Medical and sanitary report of the native army of Madras for the year
Year: 1877
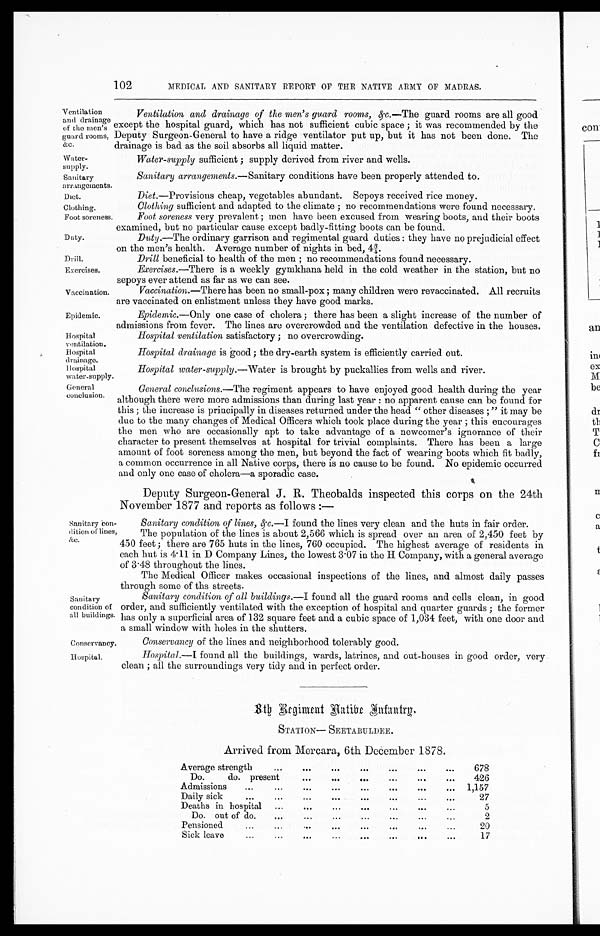
Ventilation
and drainage
of the men's
guard rooms,
&c.
Water-
supply.
Sanitary
arrangements
Clothing,
Foot soreness.
Duty.
Drill.
Exercises.
Vaccination.
Epidemic.
Hospital Ventilation.
wat er-suppl y. Hospi t al drai nage
Sanitary
condition of
all buildings.
Conservancy.
Hospital.
102
MEDICAL AND SANITARY REPORT OF THE NATIVE ARMY OF MADRAS.
Ventilation and drainage of the men's guard rooms, amp;c.—T h e
g u a r d r o o m s a r e a l l g o o d
except the hospital guard, which has not sufficient cubic space; it was recommended by the
Deputy Surgeon-General to have a ridge ventilator put up, but it has not been done. The
drainage is bad as the soil absorbs all liquid matter.
Water-supply sufficient: supply derived from river and wells.
Sanitary arrangements.— Sanitary conditions have been properly attended to.
Diet.—Provisions cheap. vegetables abundant. Sepoys received rice money.
Clothing sufficent and adapated to the climate; no recommendations were found necessary.
Foot soreness very prevalent; men have been excused from wearing boots, and their boots
examined. but no particular cause except badly-fitting boots can be found.
Duty .—The ordinary garrison and regimental guard duties: they have no prejudicial effect
on the men's health. Average number of nights in bed. 4¾.
Drill beneficial to health of the men; no recommendations found necessary.
Exercises.—There is a weekly gymkhana held in the cold weather in the station, but no
sepoys ever attend as far as we can see.
Vaccination .—There has been no small-pox; many children were revaccinated.All recruits
are vaccinated on enlistment unless they have good marks.
Epidemic.— Only one case of cholera; there has been a slight increase of the number of
admissions from fever. The lines are overcrowded and the ventilation defective in the houses.
Hospital ventilation satisfactory ; no overcrowding.
Hospital drainage is good; the dry-earth system is efficiently carried out.
Hospital water-supply.—Water is brought by puck-allies from wells and river.
General
conclusion.
General conclusions.— The regiment appears to have enjoyed good health during the year
although there were more admissions than during last year: no apparent cause can be found for
this; the increase is principally in diseases returned under the head "other diseases; " it may be
due to the many changes of Medical Officers which took place during the year; this encourages
the men who are occasionally apt to take advantage of a newcomer's ignorance of their
character to present themselves at hospital for trivial complaints. There has been a large
amount of foot soreness among the men, but beyond the fact of wearing boots which fit badly,
a common occurrence in all Native corps, there is no cause to be found. No epidemic occurred
and only one case of cholera—a sporadic case.
Sanitary con
-dition of lines
a m p ; c .
Deputy Surgeon-General J. R. Theobalds inspected this corps on the 24th
November 1877 and reports as follows :—
Sanitary condition of lines,&c.— I
found the lines very clean and the huts in fair order.
The population of the lines is about 2,566 which is spread over an area of 2,450 feet by
450 feet; there are 765 huts in the lines, 760 occupied. The highest average of residents in
each hut is 4 . 11 in D Company Lines, the lowest 3 . 07 in the H Company, with a general average
of 3.48 throughout the lines.
The Medical Officer makes occasional inspections of the lines, and almost daily passes
Through some of ths streets.
Sanitary condition of all buildings.—I found all the guard rooms and cells clean, in good
order, and sufficiently ventilated with the exception of hospital and quarter guards ; the former
has only a superficial area of 132 square feet and a cubic space of 1,034 feet, with one door and
a small window with holes in the shutters.
Conservancy of the lines and neighborhood tolerably good.
Hospital.—I found all the buildings, wards, latrines, and out-houses in good order, very
clean; all the surroundings very tidy and in perfect order.
8th Regiment Native Infantry
STATION— SEETABULDEE.
Arrived from Mercara. 6th December 1878.
Average strength
...
... ... ... ... ...
...
678
Do. do. present
... ... ...
...
...
426
Admissions
...
...
...
... ...
...
1,157
Daily sick
...
...
...
... ... ...
...
27
Deaths in hospital
...
...
...
...
...
...
5
Do. out of do.
...
...
...
...
...
...
...
2
Pensioned
...
...
...
...
...
...
...
20
Sick leave
...
...
... ...
...
...
...
...a
17